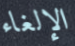
الإلغاء